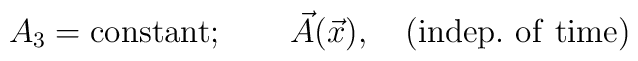
A_3={\rm constant}; \qquad \vec{A}(\vec{x}), \quad {\rm (indep.~of~time)}